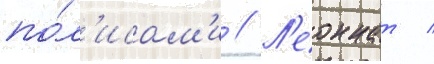
по́л'исам'и // Л'еоннат /